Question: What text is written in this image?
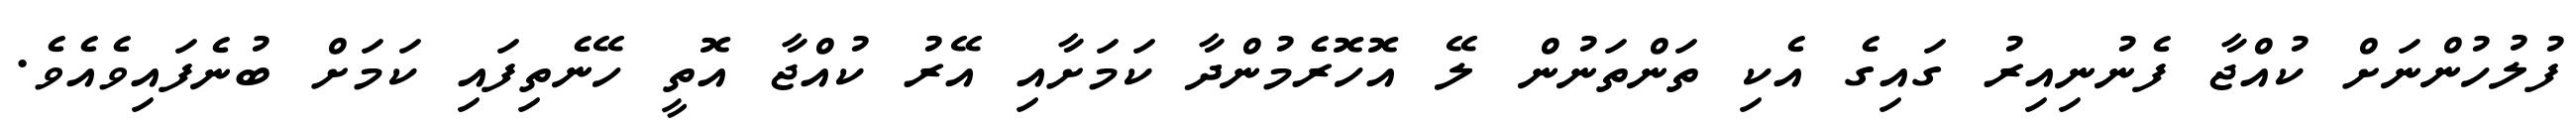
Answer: ފުލުހުންނަށް ކުއްޖާ ފެނުނިއިރު ގައިގެ އެކި ތަންތަނުން ލޭ އޮހޮރެމުންދާ ކަމަށާއި އޭރު ކުއްޖާ އޮތީ ހޭނެތިފައި ކަމަށް ބުނެފައިވެއެވެ.